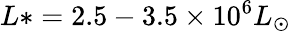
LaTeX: L\ast=2.5-3.5\times 10^{6}L_{\odot}